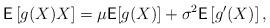
LaTeX: \begin{align*}\mathsf{E}\left[g(X)X\right]=\mu\mathsf{E}[g(X)]+\sigma^2\mathsf{E}\left[g'(X)\right],\end{align*}